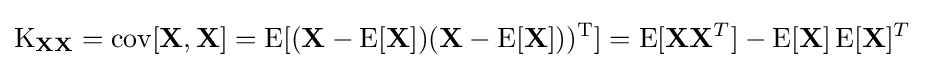
\operatorname {K} _{\mathbf {X} \mathbf {X} }=\operatorname {cov} [\mathbf {X} ,\mathbf {X} ]=\operatorname {E} [(\mathbf {X} -\operatorname {E} [\mathbf {X} ])(\mathbf {X} -\operatorname {E} [\mathbf {X} ]))^{\rm {T}}]=\operatorname {E} [\mathbf {X} \mathbf {X} ^{T}]-\operatorname {E} [\mathbf {X} ]\operatorname {E} [\mathbf {X} ]^{T}